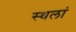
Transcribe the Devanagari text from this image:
स्थलां